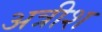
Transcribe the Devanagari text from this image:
अत्रीश